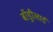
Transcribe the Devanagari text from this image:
बॉड्रीलार्ड